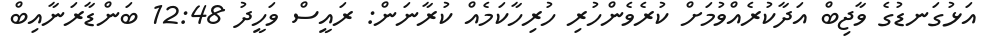
އަޅުގަނޑުގެ ވާޖިބް އަދާކުރެއްވުމަށް ކުރެވެންހުރި ހުރިހާކަމެއް ކުރާނަން: ރައީސް ވަހީދު 12:48 ބަންޑާރަނާއިބް